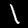
Label: 1